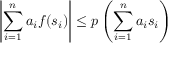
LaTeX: \left| \sum _ { i = 1 } ^ { n } a _ { i } f ( s _ { i } ) \right| \leq p \left( \sum _ { i = 1 } ^ { n } a _ { i } s _ { i } \right)